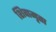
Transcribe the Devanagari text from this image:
शिवामृता